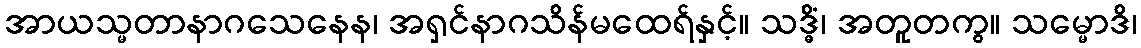
အာယသ္မတာနာဂသေနေန၊ အရှင်နာဂသိန်မထေရ်နှင့်။ သဒ္ဓိံ၊ အတူတကွ။ သမ္မောဒိ၊